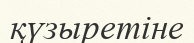
қүзыретіне